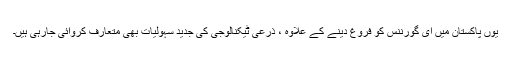
یوں پاکستان میں ای گورننس کو فروغ دینے کے علاوہ ، ذرعی ٹیکنالوجی کی جدید سہولیات بھی متعارف کروائی جارہی ہیں۔